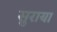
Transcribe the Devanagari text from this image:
सुराया